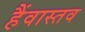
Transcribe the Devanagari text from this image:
हैंवास्तव